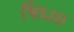
જિદાઇ